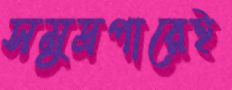
সমুদ্রপারেই